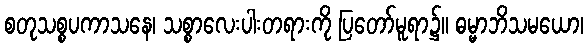
စတုသစ္စပကာသနေ၊ သစ္စာလေးပါးတရားကို ပြတော်မူရာ၌။ ဓမ္မာဘိသမယော၊